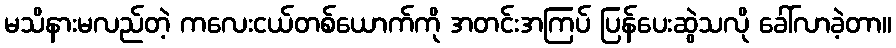
မသိနားမလည်တဲ့ ကလေးငယ်တစ်ယောက်ကို အတင်းအကြပ် ပြန်ပေးဆွဲသလို ခေါ်လာခဲ့တာ။